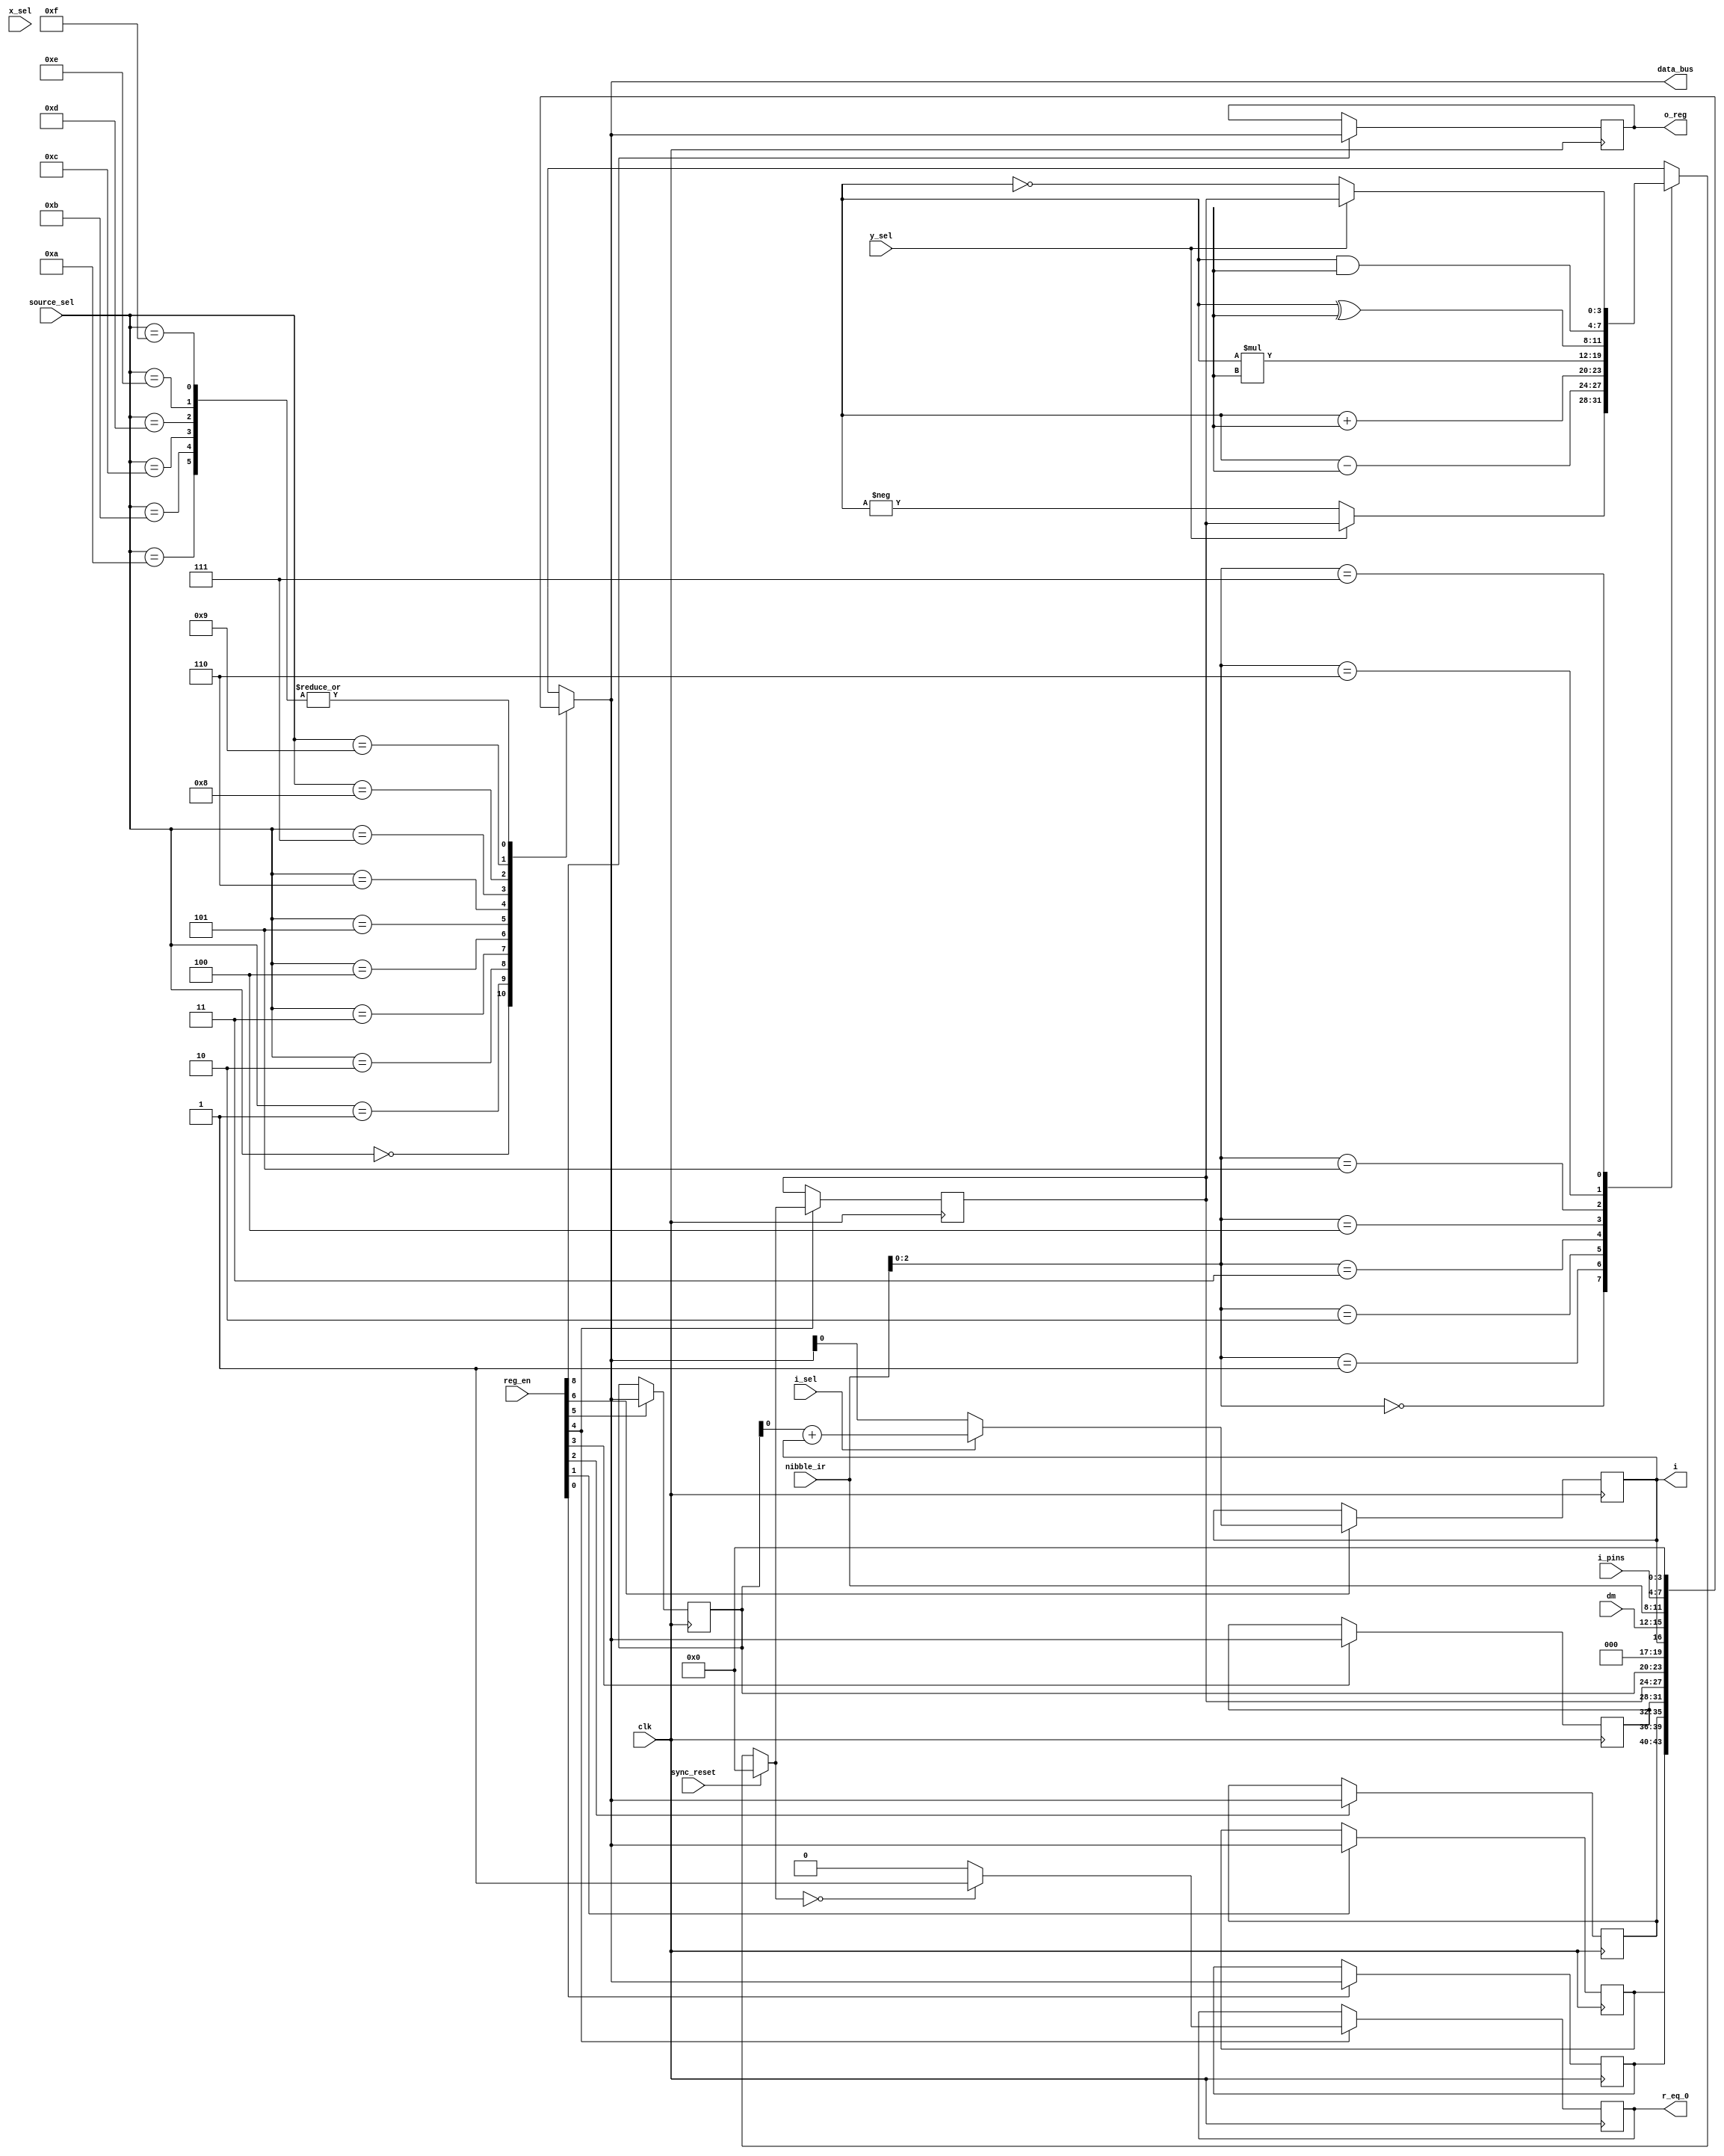
module computational_unit(
	input clk, sync_reset,
	input [3:0] nibble_ir,
	input i_sel, x_sel, y_sel,
	input [3:0] source_sel,
	input [8:0] reg_en,
	input [3:0] i_pins,
	input [3:0] dm,
	output reg [3:0] data_bus,
	output reg [3:0] o_reg,
	output reg r_eq_0,
	output reg i
);

// Data bus sources
// i_pins and dm are external inputs, i is an output
wire [3:0] pm_data;
reg[3:0] m, r, y1, y0, x1, x0;

// ALU core input registers
reg[3:0] x,y;

// PM data immediate from instruction (ir_nibble). Not always valid data
assign pm_data = nibble_ir[3:0];

wire [2:0] alu_func;
wire reset_output;
reg[3:0] alu_out;
reg alu_out_eq_0;
wire[7:0] MULRES = x*y;

// need assign because of wires
// alu function to ir_nibble
assign alu_func = nibble_ir[2:0];
assign reset_output = sync_reset;

// ALU Logic
always @ *
if (reset_output)
	alu_out <= 4'h00;
else
	case(alu_func)
		3'd0: if(y_sel) 
					alu_out <= r;
				else
					alu_out <= -x;
		3'd1: alu_out <= x-y;
		3'd2: alu_out <= x+y;
		3'd3: alu_out <= MULRES[7:4];
		3'd4: alu_out <= MULRES[3:0];
		3'd5: alu_out <= x^y;
		3'd6: alu_out <= x&y;
		3'd7: if(y_sel)
					alu_out <= r;
				else
					alu_out <= ~x;
	endcase 

// ALU Eq 0 Logic
always @ *
	if (alu_out == 4'd0)
		alu_out_eq_0 <= 1'b1;
	else
		alu_out_eq_0 <= 1'b0;
		
// Data Bus
always @ *
	case (source_sel)
		4'h0: data_bus <= x0;
		4'h1: data_bus <= x1;
		4'h2: data_bus <= y0;
		4'h3: data_bus <= y1;
		4'h4: data_bus <= r;
		4'h5: data_bus <= m;
		4'h6: data_bus <= i;
		4'h7: data_bus <= dm;
		4'h8: data_bus <= pm_data;
		4'h9: data_bus <= i_pins;
		4'hA: data_bus <= 4'h0;
		4'hB: data_bus <= 4'h0;
		4'hC: data_bus <= 4'h0;
		4'hD: data_bus <= 4'h0;
		4'hE: data_bus <= 4'h0;
		4'hF: data_bus <= 4'h0;
	endcase 

// REGISTERS
// X Registers
always @ (posedge clk)
	if (reg_en[0])
		x0 = data_bus;
	else
		x0 = x0;
		
always @ (posedge clk)
	if (reg_en[1])
		x1 = data_bus;
	else
		x1 = x1;

// Y Registers	
always @ (posedge clk)
	if (reg_en[2])
		y0 = data_bus;
	else
		y0 = y0;
		
always @ (posedge clk)
	if (reg_en[3])
		y1 = data_bus;
	else
		y1 = y1;	

// Result Register
always @ (posedge clk)
	if (reg_en[4])
		r = alu_out;
	else
		r = r;
		
always @ (posedge clk)
	if (reg_en[4])
		r_eq_0 = alu_out_eq_0;
	else
		r_eq_0 = r_eq_0;

// M Register	
always @ (posedge clk)
	if (reg_en[5])
		m = data_bus;
	else
		m = m;

// I Register
always @ (posedge clk)
	if (reg_en[6])
		if (i_sel)
			i = m+i;
		else
			i = data_bus;
	else
		i = i;

// O Regiser		
always @ (posedge clk)
	if (reg_en[8])
		o_reg = data_bus;
	else
		o_reg = o_reg;
		
endmodule